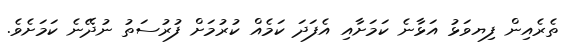
ތެރެއިން ފިޔވަޅު އަޅާނެ ކަމަށާއި އެފަދަ ކަމެއް ކުރުމަށް ފުރުސަތު ނުދޭނެ ކަމަށެވެ.